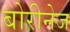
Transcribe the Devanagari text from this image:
बोरीनेज